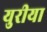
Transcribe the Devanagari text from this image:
युरीया